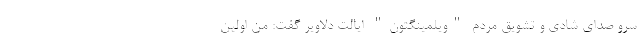
سرو صدای شادی و تشویق مردم "ویلمینگتون" ایالت دلاویر گفت: من اولین